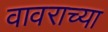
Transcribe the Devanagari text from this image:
वावराच्या